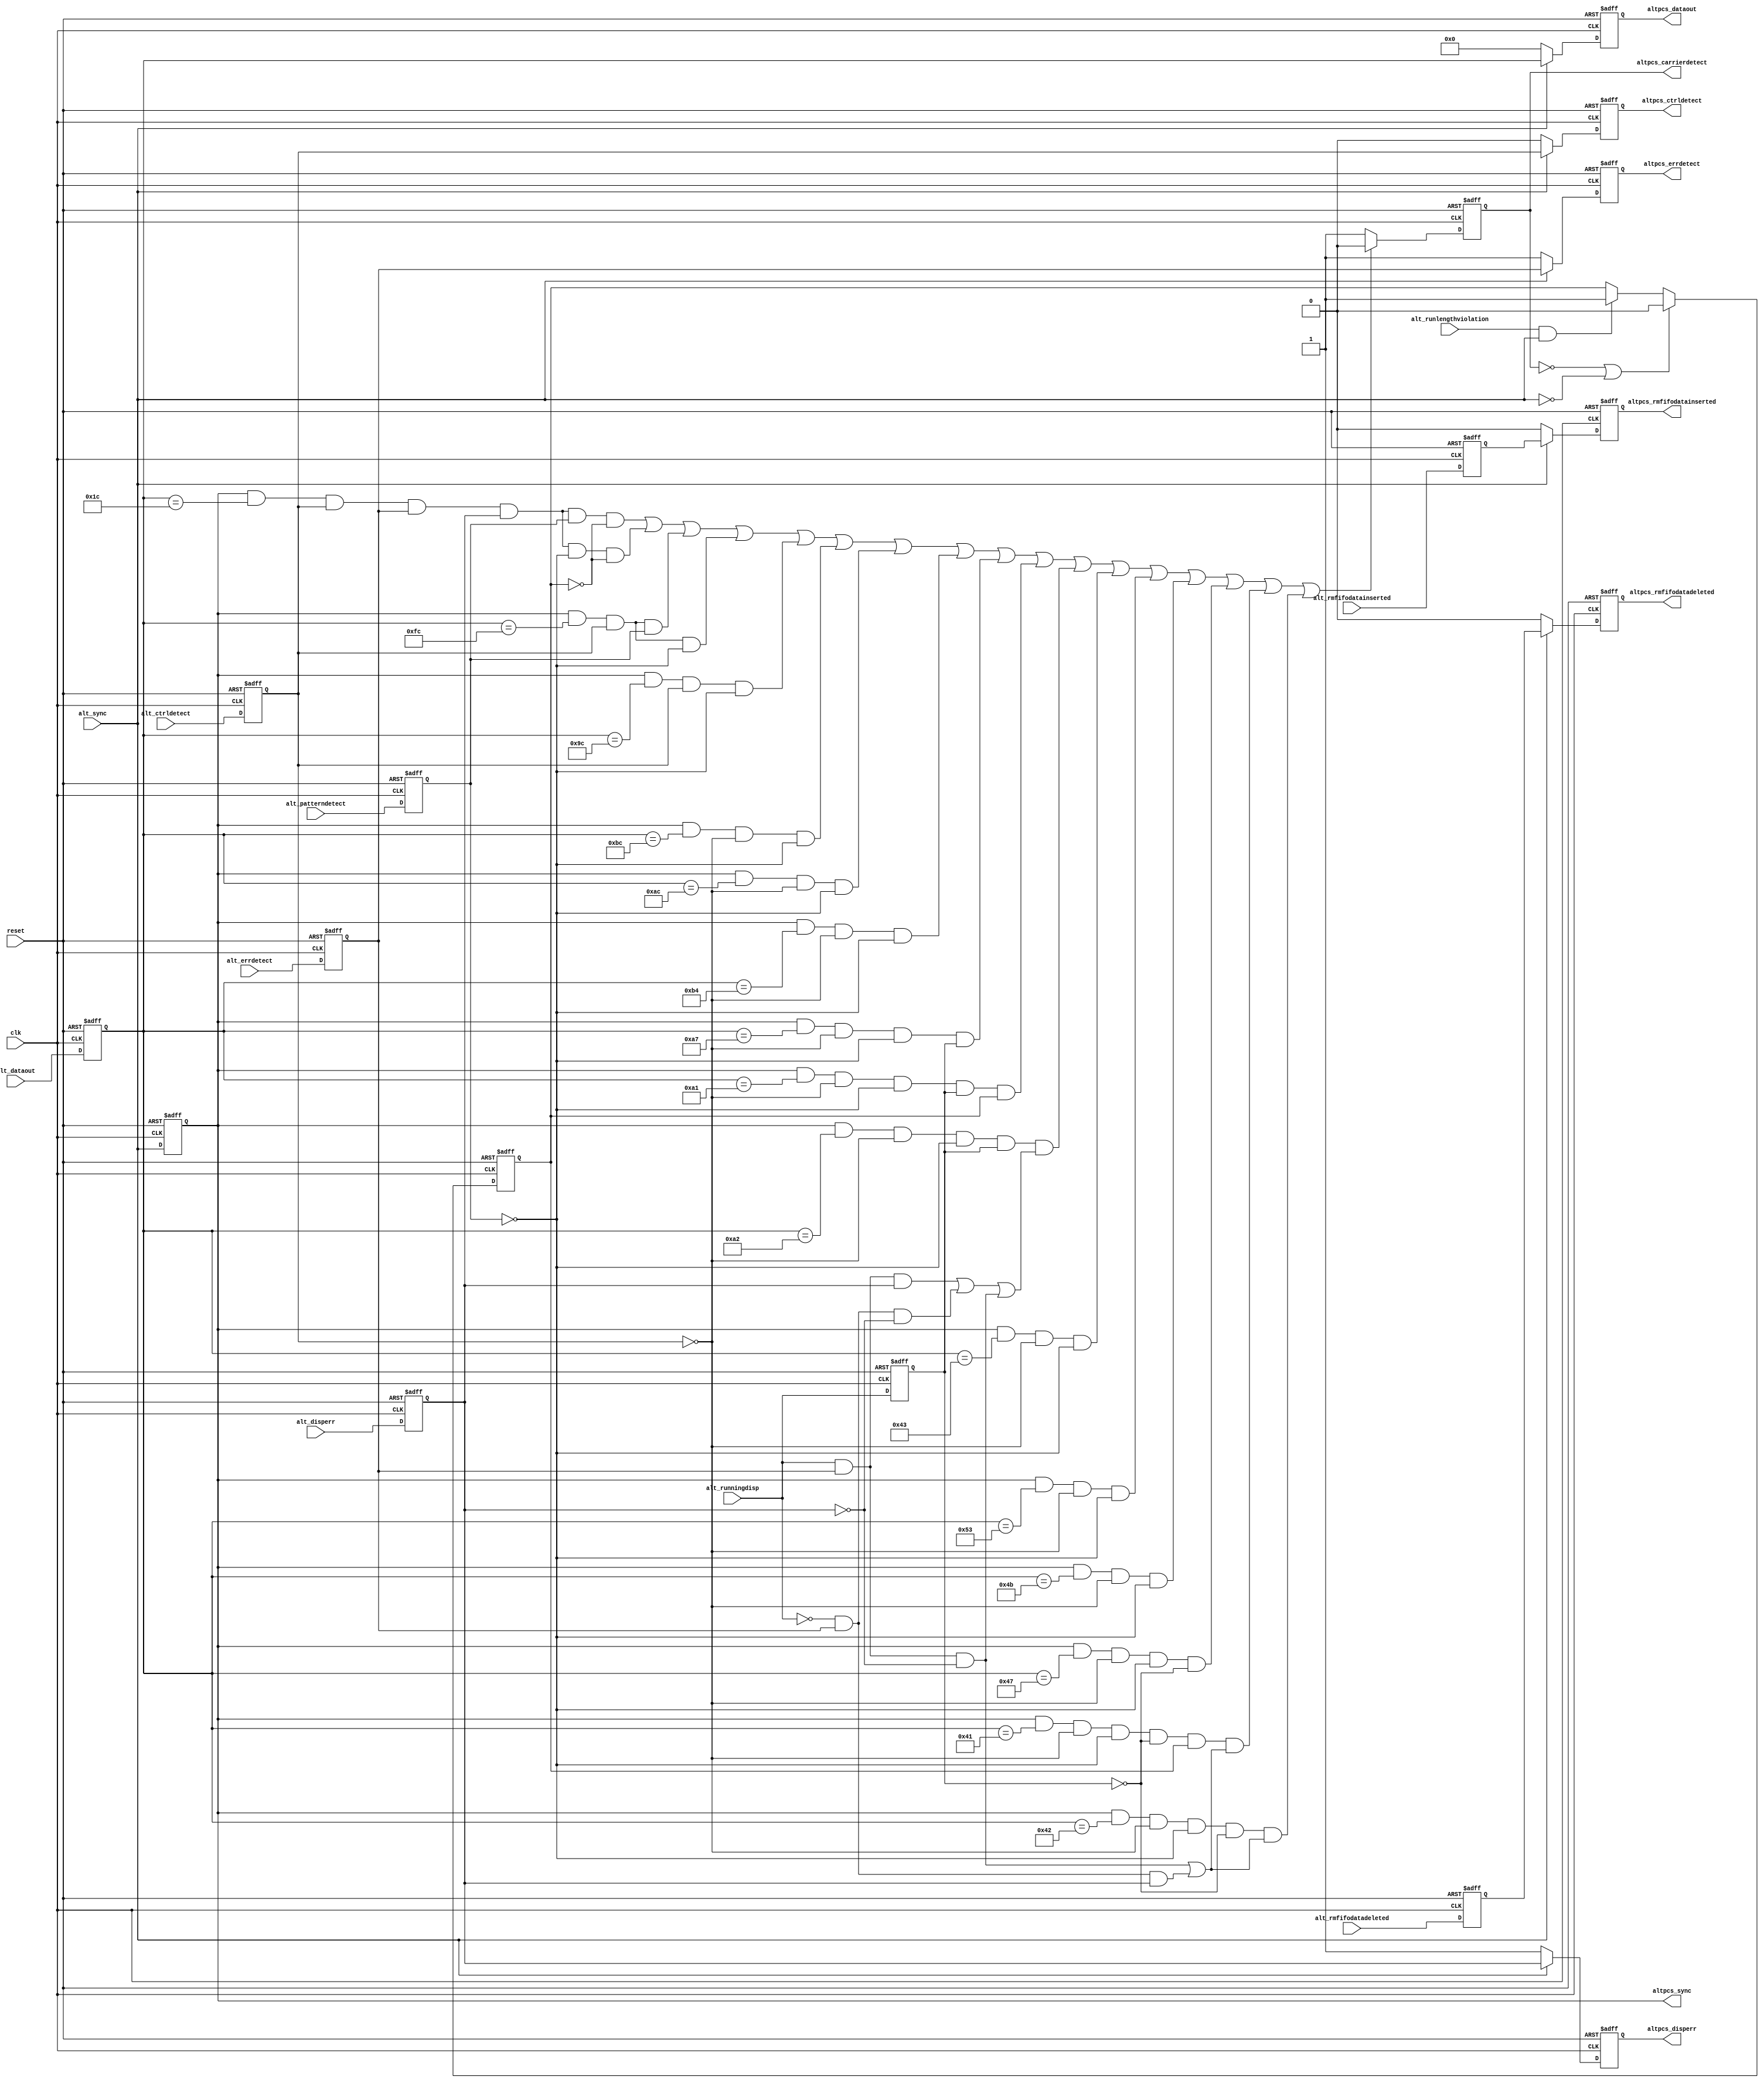
// -------------------------------------------------------------------------
// -------------------------------------------------------------------------
//
// Revision Control Information
//
// $RCSfile: altera_tse_alt2gxb_aligned_rxsync.v,v $
// $Source: /ipbu/cvs/sio/projects/TriSpeedEthernet/src/RTL/strxii_pcs/verilog/altera_tse_alt2gxb_aligned_rxsync.v,v $
//
// $Revision: #1 $
// $Date: 2012/08/12 $
// Check in by : $Author: swbranch $
//
// Project     : Triple Speed Ethernet - 1000 BASE-X PCS
//
// Description : 
//
// RX_SYNC alignment for Alt2gxb, Alt4gxb

// 
// ALTERA Confidential and Proprietary
// Copyright 2007 (c) Altera Corporation
// All rights reserved
//
// -------------------------------------------------------------------------
// -------------------------------------------------------------------------

module altera_tse_gxb_aligned_rxsync (

  input clk,
  input reset,

  input [7:0] alt_dataout,
  input alt_sync,
  input alt_disperr,
  input alt_ctrldetect,
  input alt_errdetect,
  input alt_rmfifodatadeleted,
  input alt_rmfifodatainserted,
  input alt_runlengthviolation,
  input alt_patterndetect,
  input alt_runningdisp,

  output reg [7:0] altpcs_dataout,
  output altpcs_sync,
  output reg altpcs_disperr,
  output reg altpcs_ctrldetect,
  output reg altpcs_errdetect,
  output reg altpcs_rmfifodatadeleted,
  output reg altpcs_rmfifodatainserted,
  output reg altpcs_carrierdetect) ;
  parameter DEVICE_FAMILY         = "ARRIAGX";    //  The device family the the core is targetted for. 

  //-------------------------------------------------------------------------------
  // intermediate wires


  //reg altpcs_dataout

  // pipelined 1
  reg [7:0] alt_dataout_reg1;
  reg alt_sync_reg1;
  reg alt_sync_reg2;
  reg alt_disperr_reg1;
  reg alt_ctrldetect_reg1;
  reg alt_errdetect_reg1;
  reg alt_rmfifodatadeleted_reg1;
  reg alt_rmfifodatainserted_reg1;
  reg alt_patterndetect_reg1;
  reg alt_runningdisp_reg1;
  reg alt_runlengthviolation_latched;
  //-------------------------------------------------------------------------------


  always @(posedge reset or posedge clk)
    begin
        if (reset == 1'b1)
            begin
                // pipelined 1
                alt_dataout_reg1            <= 8'h0;
                alt_sync_reg1               <= 1'b0;
                alt_disperr_reg1            <= 1'b0;
                alt_ctrldetect_reg1         <= 1'b0;
                alt_errdetect_reg1          <= 1'b0;
                alt_rmfifodatadeleted_reg1  <= 1'b0;
                alt_rmfifodatainserted_reg1 <= 1'b0;
                alt_patterndetect_reg1      <= 1'b0;
                alt_runningdisp_reg1        <= 1'b0;
            end
        else
            begin
                // pipelined 1
                alt_dataout_reg1            <= alt_dataout;
                alt_sync_reg1               <= alt_sync;
                alt_disperr_reg1            <= alt_disperr;
                alt_ctrldetect_reg1         <= alt_ctrldetect;
                alt_errdetect_reg1          <= alt_errdetect;
                alt_rmfifodatadeleted_reg1  <= alt_rmfifodatadeleted;
                alt_rmfifodatainserted_reg1 <= alt_rmfifodatainserted;
                alt_patterndetect_reg1      <= alt_patterndetect;
                alt_runningdisp_reg1        <= alt_runningdisp;
            end
    
    end 
	
generate if ( DEVICE_FAMILY == "STRATIXIIGX" || DEVICE_FAMILY == "ARRIAGX" )
begin          
		always @ (posedge reset or posedge clk)
		begin
		 if (reset == 1'b1)
			begin
				altpcs_dataout              <= 8'h0;
				altpcs_disperr              <= 1'b1;
				altpcs_ctrldetect           <= 1'b0;
				altpcs_errdetect            <= 1'b1;
				altpcs_rmfifodatadeleted    <= 1'b0;
				altpcs_rmfifodatainserted   <= 1'b0;
			end
		 else
			begin
			   if (alt_sync == 1'b1 )
				 begin      
					altpcs_dataout              <= alt_dataout_reg1;
					altpcs_disperr              <= alt_disperr_reg1;
					altpcs_ctrldetect           <= alt_ctrldetect_reg1;
					altpcs_errdetect            <= alt_errdetect_reg1;
					altpcs_rmfifodatadeleted    <= alt_rmfifodatadeleted_reg1;
					altpcs_rmfifodatainserted   <= alt_rmfifodatainserted_reg1;
				 end
			   else
				 begin
					altpcs_dataout              <= 8'h0;
					altpcs_disperr              <= 1'b1;
					altpcs_ctrldetect           <= 1'b0;
					altpcs_errdetect            <= 1'b1;
					altpcs_rmfifodatadeleted    <= 1'b0;
					altpcs_rmfifodatainserted   <= 1'b0;
				 end
			end
		end
		assign altpcs_sync              = alt_sync_reg1;	      
end
else if ( DEVICE_FAMILY == "STRATIXIV" || DEVICE_FAMILY == "ARRIAIIGX" || DEVICE_FAMILY == "CYCLONEIVGX" || DEVICE_FAMILY == "HARDCOPYIV" || DEVICE_FAMILY == "ARRIAIIGZ"   || DEVICE_FAMILY == "STRATIXV" || DEVICE_FAMILY == "ARRIAV" || DEVICE_FAMILY == "ARRIAVGZ" || DEVICE_FAMILY == "CYCLONEV")
begin
	always @ (posedge reset or posedge clk)
    begin
     if (reset == 1'b1)
        begin
            altpcs_dataout              <= 8'h0;
            altpcs_disperr              <= 1'b1;
            altpcs_ctrldetect           <= 1'b0;
            altpcs_errdetect            <= 1'b1;
            altpcs_rmfifodatadeleted    <= 1'b0;
            altpcs_rmfifodatainserted   <= 1'b0;
			alt_sync_reg2               <= 1'b0;
        end
     else
        begin     
                altpcs_dataout              <= alt_dataout_reg1;
                altpcs_disperr              <= alt_disperr_reg1;
                altpcs_ctrldetect           <= alt_ctrldetect_reg1;
                altpcs_errdetect            <= alt_errdetect_reg1;
                altpcs_rmfifodatadeleted    <= alt_rmfifodatadeleted_reg1;
                altpcs_rmfifodatainserted   <= alt_rmfifodatainserted_reg1;
				alt_sync_reg2               <= alt_sync_reg1 ;
        end

    end
	

    assign altpcs_sync              = alt_sync_reg2;
end      
endgenerate




      
   //latched runlength violation assertion for "carrier_detect" signal generation block
   //reset the latch value after carrier_detect goes de-asserted
//   always @ (altpcs_carrierdetect or alt_runlengthviolation or alt_sync_reg1)
//    begin
//       if (altpcs_carrierdetect == 1'b0)
//        begin
//           alt_runlengthviolation_latched <= 1'b0;
//        end 
//       else
//        begin 
//           if (alt_runlengthviolation == 1'b1 & alt_sync_reg1 == 1'b1)
//            begin
//               alt_runlengthviolation_latched <= 1'b1;
//            end
//        end       
//    end
  

//    always @ (posedge reset or posedge clk)
//     begin
//      if (reset == 1'b1)
//         begin
//             alt_runlengthviolation_latched_reg <= 1'b0;
//         end
//      else
//         begin
//             alt_runlengthviolation_latched_reg <= alt_runlengthviolation_latched;
//         end
//     end

    always @ (posedge reset or posedge clk)
     begin
      if (reset == 1'b1)
         begin
             alt_runlengthviolation_latched <= 1'b0;
         end
      else
       begin
           if ((altpcs_carrierdetect == 1'b0) | (alt_sync == 1'b0))
            begin
               alt_runlengthviolation_latched <= 1'b0;
            end 
           else
            begin 
               if ((alt_runlengthviolation == 1'b1) & (alt_sync == 1'b1))
                begin
                   alt_runlengthviolation_latched <= 1'b1;
                end
            end       
       end
     end


   // carrier_detect signal generation
   always @ (posedge reset or posedge clk)
    begin
     if (reset == 1'b1)
        begin
            altpcs_carrierdetect <= 1'b1;
        end
     else

        // This portion of code is to workaround the issue with PHYIP (hard PCS) for not implementing the carrier_detect, 
        // which suppose to be implemented based on 10b character, not 8b. 
        // 
        // The real challenge is to detect the /INVALID/ 10b code group
        //
        // This is the Table 36.3.2.1 in UNH test plan
        // =====================================================
        // RD-          code-group     RD+            code-group
        // =====================================================
        // 001111 1010  /K28.5/        110000 0101    /K28.5/
        // 001111 1011  /INVALID/      110000 0100    /INVALID/
        // 001111 1000  /K28.7/        110000 0111    /K28.7/
        // 001111 1110  /INVALID/      110000 0001    /INVALID/
        // 001111 0010  /K28.4/        110000 1101    /K28.4/
        // 001110 1010  /D28.5/        110001 0101    /D3.2/
        // 001101 1010  /D12.5/        110010 0101    /D19.2/
        // 001011 1010  /D20.5/        110100 0101    /D11.2/
        // 000111 1010  /D7.5/         111000 0101    /D7.2/
        // 011111 1010  /INVALID/      100000 0101    /INVALID/
        // 101111 1010  /INVALID/      010000 0101    /INVALID/

        begin
           if (  (alt_sync_reg1 == 1'b1 & alt_dataout_reg1 == 8'h1C & alt_ctrldetect_reg1 == 1'b1 & alt_errdetect_reg1 == 1'b1  
                    & alt_disperr_reg1 ==1'b1 & alt_patterndetect_reg1 == 1'b1 & alt_runlengthviolation_latched == 1'b0                 ) |
                 (alt_sync_reg1 == 1'b1 & alt_dataout_reg1 == 8'h1C & alt_ctrldetect_reg1 == 1'b1 & alt_errdetect_reg1 == 1'b1  
                    & alt_disperr_reg1 ==1'b1 & alt_patterndetect_reg1 == 1'b0 & alt_runlengthviolation_latched == 1'b0                 ) |
                 (alt_sync_reg1 == 1'b1 & alt_dataout_reg1 == 8'hFC & alt_ctrldetect_reg1 == 1'b1 & alt_patterndetect_reg1 == 1'b1      ) |
                 (alt_sync_reg1 == 1'b1 & alt_dataout_reg1 == 8'hFC & alt_ctrldetect_reg1 == 1'b1 & alt_patterndetect_reg1 == 1'b0      ) |
                 (alt_sync_reg1 == 1'b1 & alt_dataout_reg1 == 8'h9C & alt_ctrldetect_reg1 == 1'b1 & alt_patterndetect_reg1 == 1'b0      ) |
                 (alt_sync_reg1 == 1'b1 & alt_dataout_reg1 == 8'hBC & alt_ctrldetect_reg1 == 1'b0 & alt_patterndetect_reg1 == 1'b0      ) |
                 (alt_sync_reg1 == 1'b1 & alt_dataout_reg1 == 8'hAC & alt_ctrldetect_reg1 == 1'b0 & alt_patterndetect_reg1 == 1'b0      ) |
                 (alt_sync_reg1 == 1'b1 & alt_dataout_reg1 == 8'hB4 & alt_ctrldetect_reg1 == 1'b0 & alt_patterndetect_reg1 == 1'b0      ) |
                 (alt_sync_reg1 == 1'b1 & alt_dataout_reg1 == 8'hA7 & alt_ctrldetect_reg1 == 1'b0 & alt_patterndetect_reg1 == 1'b0 
                    & alt_runningdisp_reg1 == 1'b1                                                                                      ) |
                 (alt_sync_reg1 == 1'b1 & alt_dataout_reg1 == 8'hA1 & alt_ctrldetect_reg1 == 1'b0 & alt_patterndetect_reg1 == 1'b0 
                    & alt_runningdisp_reg1 == 1'b1 & alt_runlengthviolation_latched == 1'b1                                             ) |
                 (alt_sync_reg1 == 1'b1 & alt_dataout_reg1 == 8'hA2 & alt_ctrldetect_reg1 == 1'b0 & alt_patterndetect_reg1 == 1'b0 
                   & alt_runningdisp_reg1 == 1'b1  
                   & ((alt_runningdisp == 1'b1 & alt_errdetect_reg1 == 1'b1 & alt_disperr_reg1 == 1'b1)|
                      (alt_runningdisp == 1'b0 & alt_errdetect_reg1 == 1'b1 & alt_disperr_reg1 == 1'b0)|
                      (alt_runningdisp == 1'b1 & alt_errdetect_reg1 == 1'b1 & alt_disperr_reg1 == 1'b0))                                ) |

                 (alt_sync_reg1 == 1'b1 & alt_dataout_reg1 == 8'h43 & alt_ctrldetect_reg1 == 1'b0 & alt_patterndetect_reg1 == 1'b0      ) |
                 (alt_sync_reg1 == 1'b1 & alt_dataout_reg1 == 8'h53 & alt_ctrldetect_reg1 == 1'b0 & alt_patterndetect_reg1 == 1'b0      ) |
                 (alt_sync_reg1 == 1'b1 & alt_dataout_reg1 == 8'h4B & alt_ctrldetect_reg1 == 1'b0 & alt_patterndetect_reg1 == 1'b0      ) |
                 (alt_sync_reg1 == 1'b1 & alt_dataout_reg1 == 8'h47 & alt_ctrldetect_reg1 == 1'b0 & alt_patterndetect_reg1 == 1'b0
                   & alt_runningdisp_reg1 == 1'b0                                                                                       ) |
                 (alt_sync_reg1 == 1'b1 & alt_dataout_reg1 == 8'h41 & alt_ctrldetect_reg1 == 1'b0 & alt_patterndetect_reg1 == 1'b0
                   & alt_runningdisp_reg1 == 1'b0 & alt_runlengthviolation_latched == 1'b1 
                   & ((alt_runningdisp == 1'b1 & alt_errdetect_reg1 == 1'b1 & alt_disperr_reg1 == 1'b0)|                                                                                
                      (alt_runningdisp == 1'b0 & alt_errdetect_reg1 == 1'b1 & alt_disperr_reg1 == 1'b1 ))                               ) |
                 (alt_sync_reg1 == 1'b1 & alt_dataout_reg1 == 8'h42 & alt_ctrldetect_reg1 == 1'b0 & alt_patterndetect_reg1 == 1'b0
                   & alt_runningdisp_reg1 == 1'b0 & ((alt_runningdisp == 1'b1 & alt_errdetect_reg1 == 1'b1 & alt_disperr_reg1 == 1'b0)|
                                                     (alt_runningdisp == 1'b0 & alt_errdetect_reg1 == 1'b1 & alt_disperr_reg1 == 1'b1)) )  
              )

             begin      
                altpcs_carrierdetect              <= 1'b0;
             end
           else
             begin
                altpcs_carrierdetect              <= 1'b1;
             end
        end

    end




endmodule